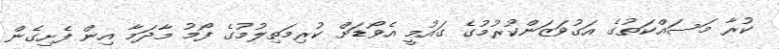
ކުރާ މަސައްކަތުގެ އަގުވަޒަންކުރުމުގެ ގައުމީ އެވޯޑަށް ކުރިމަތިލުމުގެ ފޯމު މާދަމާ އިން ފެށިގެން